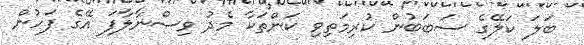
ބަލަ ކަލޭގެ ސަބަބުން ކުރިމަތިވި ކަންތަކާ މެދު ވިސްނާލާފަ އޭގެ ފަހުން